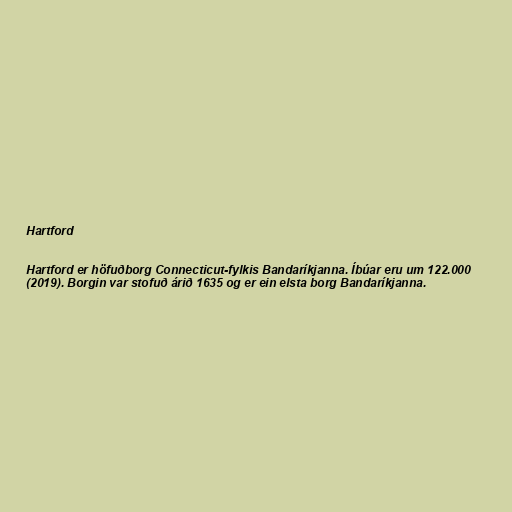
Hartford

Hartford er höfuðborg Connecticut-fylkis Bandaríkjanna. Íbúar eru um 122.000
(2019). Borgin var stofuð árið 1635 og er ein elsta borg Bandaríkjanna.